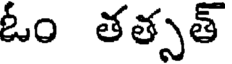
ఓం తత్సత్